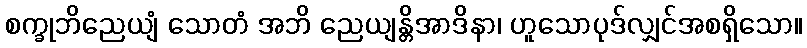
စက္ခုဘိညေယျံ သောတံ အဘိ ညေယျန္တိအာဒိနာ၊ ဟူသောပုဒ်လျှင်အစရှိသော။